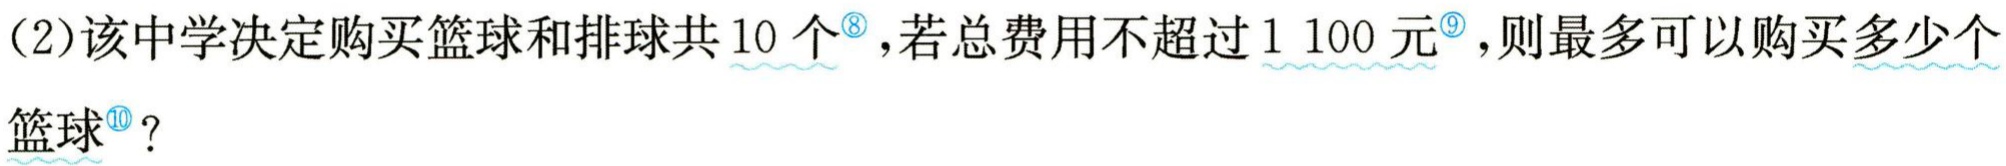
[作用简评]画出不等式对应的方程所表示的直线(如果原不等式带等号,则画成实线,否则,画成虚线);同时利用系数\(B\)的符号与不等式的符号的关系判断其平面区域时,不必考虑系数\(A\)的符号. 利用此结论与利用结论\(2\)一样,同样避开了按常规法处理需计算的过程,只需观察“\(B\)”与不等式的符号即可快速确定其平面区域.